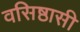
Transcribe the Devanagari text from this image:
वसिष्ठासी